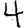
Digit: 4